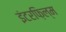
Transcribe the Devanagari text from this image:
इंटरफ़िल्म